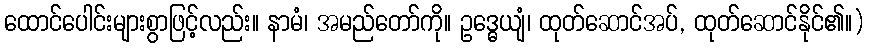
ထောင်ပေါင်းများစွာဖြင့်လည်း။ နာမံ၊ အမည်တော်ကို။ ဥဒ္ဓေယျံ၊ ထုတ်ဆောင်အပ်, ထုတ်ဆောင်နိုင်၏။)